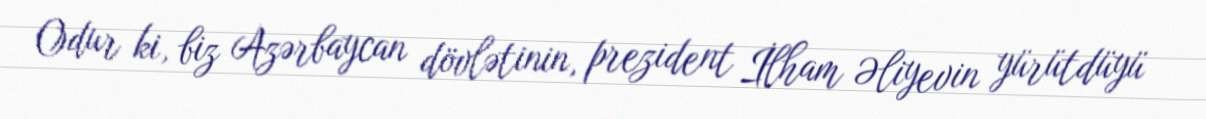
Odur ki, biz Azərbaycan dövlətinin, prezident İlham Əliyevin yürütdüyü